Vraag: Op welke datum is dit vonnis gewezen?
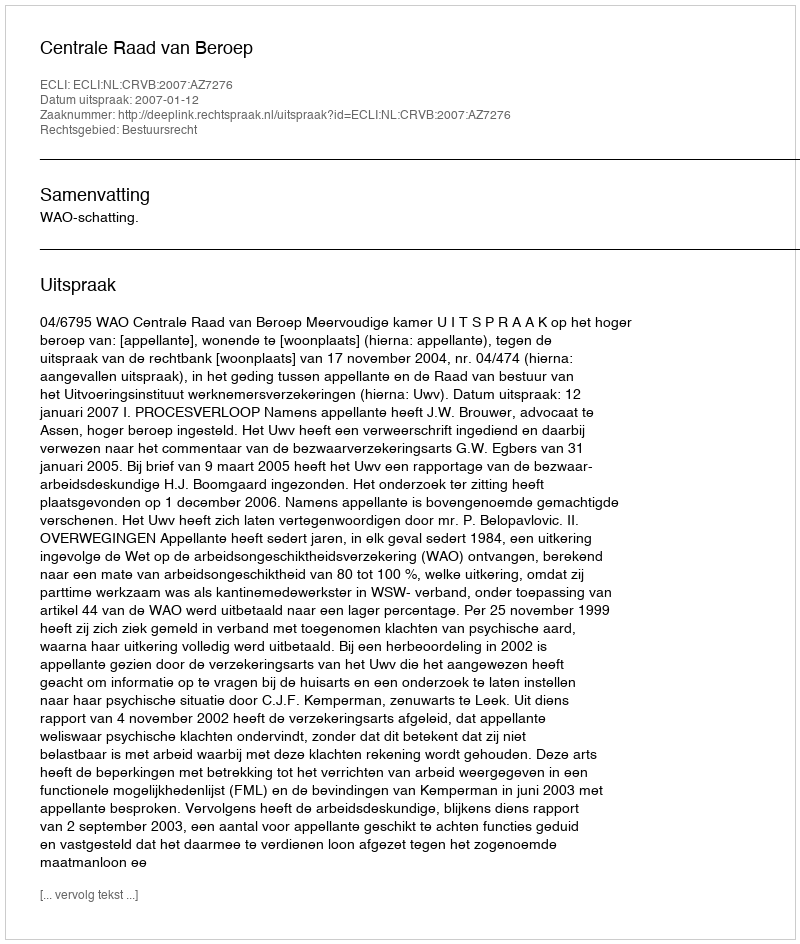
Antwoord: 2007-01-12